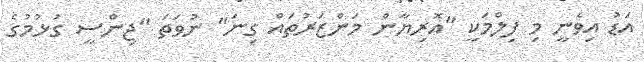
އަޑު އިވެނީ މި ފިލްމަކީ "އޮރިޔާން މަންޒަރުތައް ގިނަ" ނުވަތަ "ޖިންސީ ގުޅުމުގެ